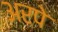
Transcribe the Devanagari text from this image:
अरपे